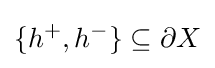
\{h^{+},h^{-}\}\subseteq \partial X